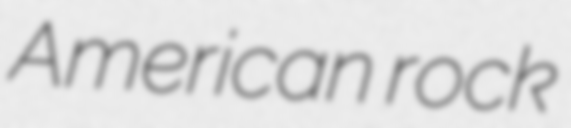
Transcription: American rock